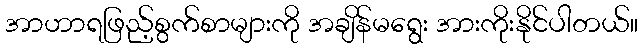
အာဟာရဖြည့်စွက်စာများကို အချိန်မရွေး အားကိုးနိုင်ပါတယ်။